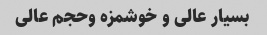
بسیار عالی و خوشمزه وحجم عالی